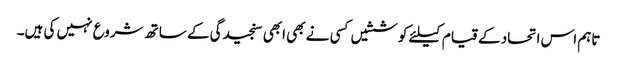
تاہم اس اتحاد کے قیام کیلئے کوششیں کسی نے بھی ابھی سنجیدگی کے ساتھ شروع نہیں کی ہیں۔